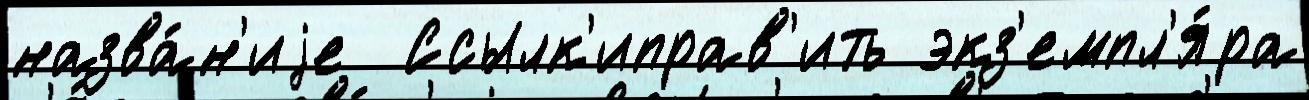
назва́н'иjе  Ссылк'иправ'ить экз'емпл'я́ра